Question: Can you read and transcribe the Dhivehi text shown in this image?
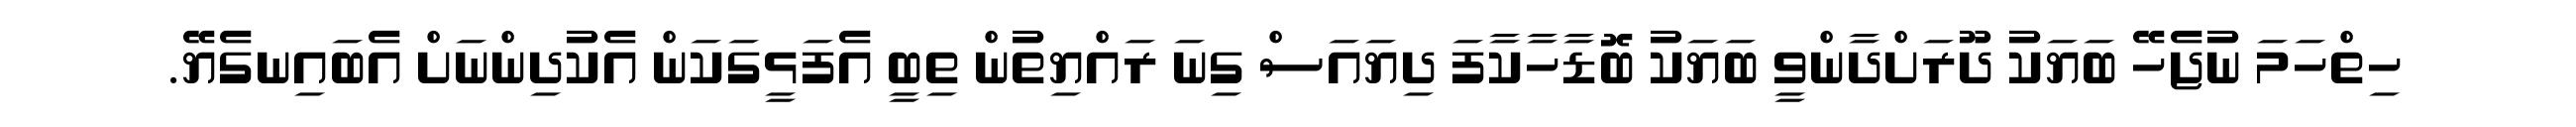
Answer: ހިތްހަމަ ނުޖެހޭ ބަޔަކު ދޫރަށްދާންވީ ބަޔަކު ބޮޑާހާކާފަ ދިޔައަސް ގިނަ ރައްޔިތުން ތިބީ އެފަޅީގަކަން އެކުދިންނަށް އެބައިނގެޔޭ.